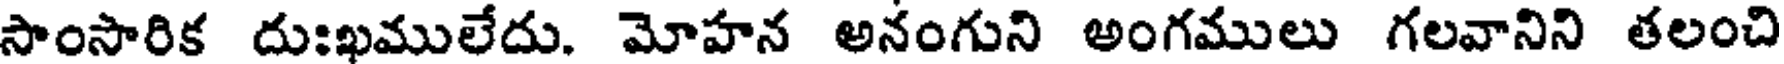
సాంసారిక దుఃఖములేదు. మోహన అనంగుని అంగములు గలవానిని తలంచి